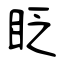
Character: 眨